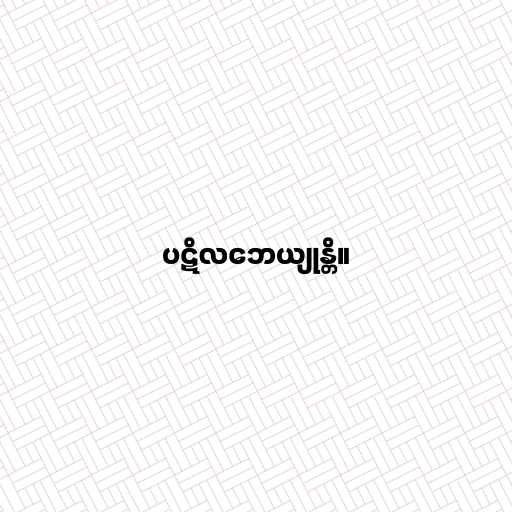
ပဋိလဘေယျုန္တိ။